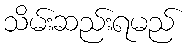
သိမ်းဆည်းရမည်